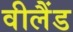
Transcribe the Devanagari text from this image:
वीलैंड